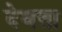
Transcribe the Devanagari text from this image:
देवत्ता